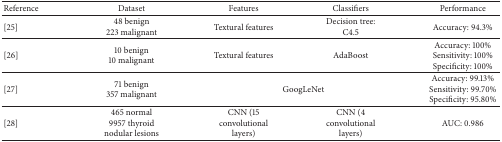
<table><thead><tr><td><b>Reference</b></td><td><b>Dataset</b></td><td><b>Features</b></td><td><b>Classifiers</b></td><td><b>Performance</b></td></tr></thead><tbody><tr><td>[25]</td><td>48 benign223 malignant</td><td>Textural features</td><td>Decision tree: C4.5</td><td>Accuracy: 94.3%</td></tr><tr><td>[26]</td><td>10 benign10 malignant</td><td>Textural features</td><td>AdaBoost</td><td>Accuracy: 100%Sensitivity: 100%Specificity: 100%</td></tr><tr><td>[27]</td><td>71 benign357 malignant</td><td colspan="2"> GoogLeNet</td><td>Accuracy: 99.13%Sensitivity: 99.70%Specificity: 95.80%</td></tr><tr><td>[28]</td><td>465 normal9957 thyroid nodular lesions</td><td>CNN (15 convolutional layers)</td><td>CNN (4 convolutional layers)</td><td>AUC: 0.986</td></tr></tbody></table>